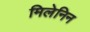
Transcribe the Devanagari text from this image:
मिलेनिन